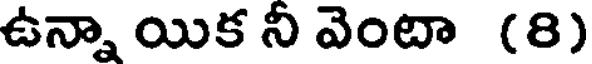
ఉన్నా యిక నీ వెంటా (8)